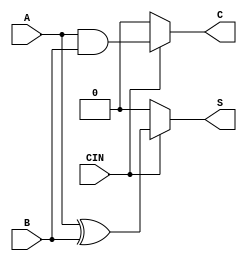
module conditional_half_adder (
    input wire A,      // First single-bit input
    input wire B,      // Second single-bit input
    input wire CIN,    // Control signal
    output wire S,     // Sum output
    output wire C      // Carry output
);

    // Conditional logic for Sum and Carry
    assign S = (CIN) ? (A ^ B) : 1'b0; // Sum is A XOR B when CIN is 1, else 0
    assign C = (CIN) ? (A & B) : 1'b0; // Carry is A AND B when CIN is 1, else 0

endmodule